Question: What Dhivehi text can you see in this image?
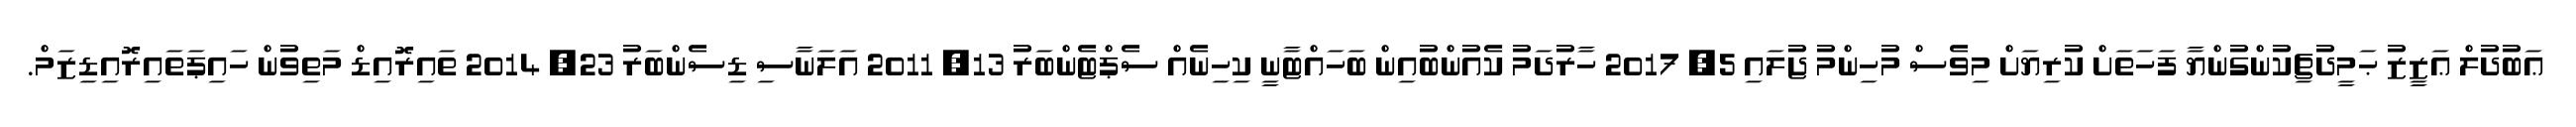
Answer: ޢަބުދުލް ޢަޒީޒު ޙަމީދުޗިކުންގުންޔާ ފަހަތަށް ކުރިޔަށް މިވެސް މުހިންމު ޖުލައި 5, 2017 ހާރުދަމު ކެއުންބުއިން ބަހައްޓާނީ ކިހިނެއް ސެޕްޓެންބަރު 13, 2011 އަލަނާސި ޑިސެންބަރު 23, 2014 ތައިރޮއިޑް މަތިވުން ހައިޕަތައިރޮއިޑިޒަމް.